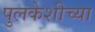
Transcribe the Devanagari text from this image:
पुलकेशीच्या